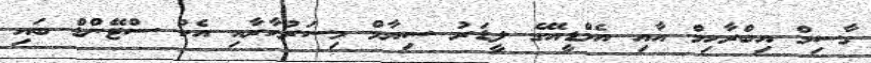
ގާސިމް އިބްރާހިމް އާއި އެމްޑީއޭގެ ލީޑަރު ސިޔާމް މިސަރުކާރާއި އެކު ސްޓޭންޑް ބައި